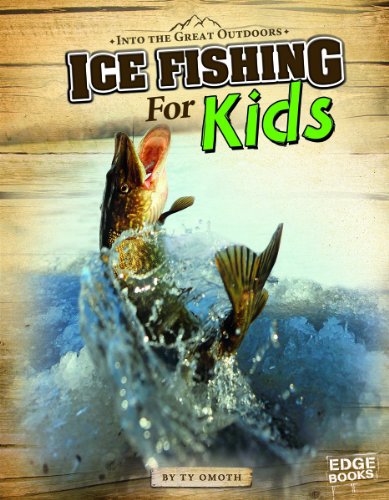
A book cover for Ice Fishing for Kids (Into the Great Outdoors); Tyler Omoth; Children's Books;